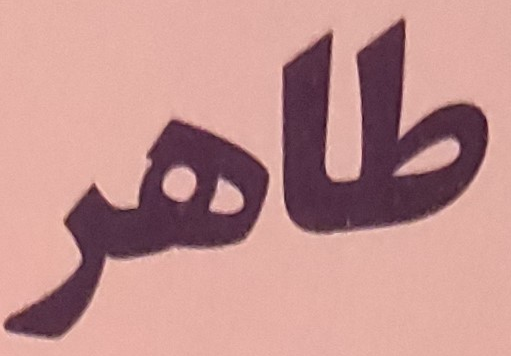
طاهر